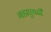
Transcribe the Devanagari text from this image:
गडाएवढी